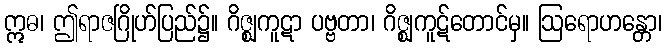
ဣဓ၊ ဤရာဇဂြိုဟ်ပြည်၌။ ဂိဇ္ဈကူဋာ ပဗ္ဗတာ၊ ဂိဇ္ဈကူဋ်တောင်မှ။ ဩရောဟန္တော၊